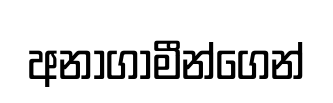
අනාගාමීන්ගෙන්